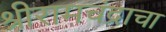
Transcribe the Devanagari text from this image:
श्रीरामचंद्राचा